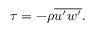
\tau = - \rho \overline { { u ^ { \prime } w ^ { \prime } } } .